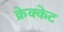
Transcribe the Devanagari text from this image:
क्रेक्केट